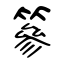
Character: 篸